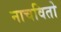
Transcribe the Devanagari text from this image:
नाचवितो